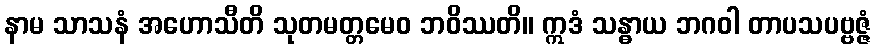
နာမ သာသနံ အဟောသီတိ သုတမတ္တမေဝ ဘဝိဿတိ။ ဣဒံ သန္ဓာယ ဘဂဝါ တာပသပဗ္ဗဇ္ဇံ